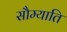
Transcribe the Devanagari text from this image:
सौम्याति